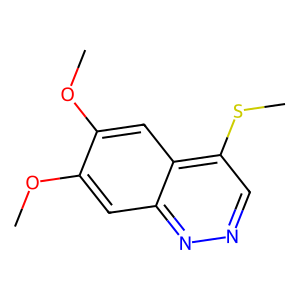
SMILES: COc1cc2nncc(SC)c2cc1OC
Inhibits HIV replication: No